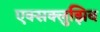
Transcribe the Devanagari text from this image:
एक्सक्लुझिव